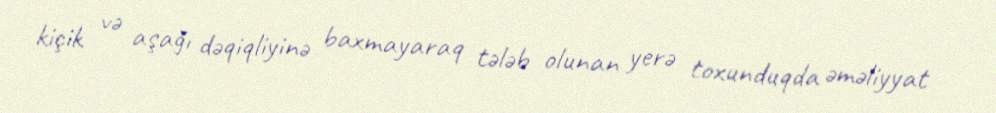
kiçik və aşağı dəqiqliyinə baxmayaraq tələb olunan yerə toxunduqda əməliyyat